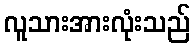
လူသားအားလုံးသည်